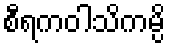
စီရကဝါသိကမ္ပိ